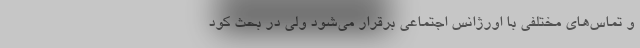
و تماس‌های مختلفی با اورژانس اجتماعی برقرار می‌شود ولی در بحث کود